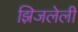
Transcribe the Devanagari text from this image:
झिजलेली